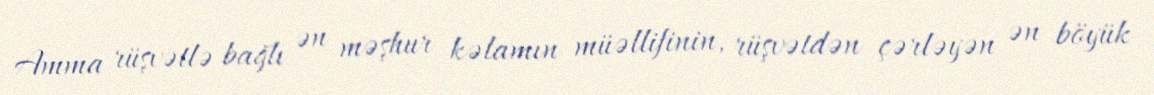
Amma rüşvətlə bağlı ən məşhur kəlamın müəllifinin, rüşvətdən çərləyən ən böyük